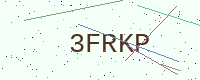
Text: 3FRKP